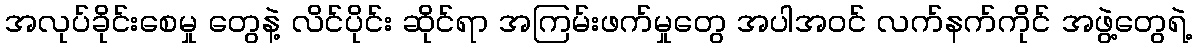
အလုပ်ခိုင်းစေမှု တွေနဲ့ လိင်ပိုင်း ဆိုင်ရာ အကြမ်းဖက်မှုတွေ အပါအဝင် လက်နက်ကိုင် အဖွဲ့တွေရဲ့